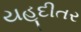
યહૂદીતર